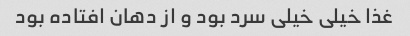
غذا خیلی خیلی سرد بود و از دهان افتاده بود